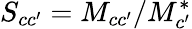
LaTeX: S_{cc^{\prime}}={M}_{cc^{\prime}}/{M}_{c^{\prime}}^{*}